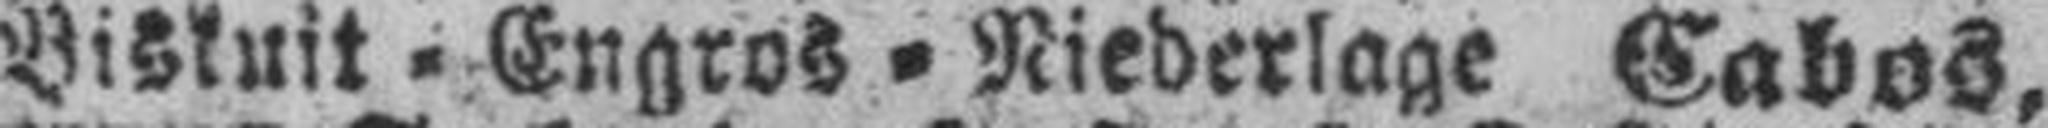
Biskuit=Engros=Niederlage Cabos,